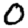
Digit: 0